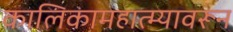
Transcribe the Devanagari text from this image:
कालिकामहात्म्यावरून